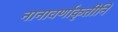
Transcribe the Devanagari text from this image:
नानावर्णाकृतीनि